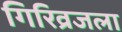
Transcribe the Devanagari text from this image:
गिरिव्रजला